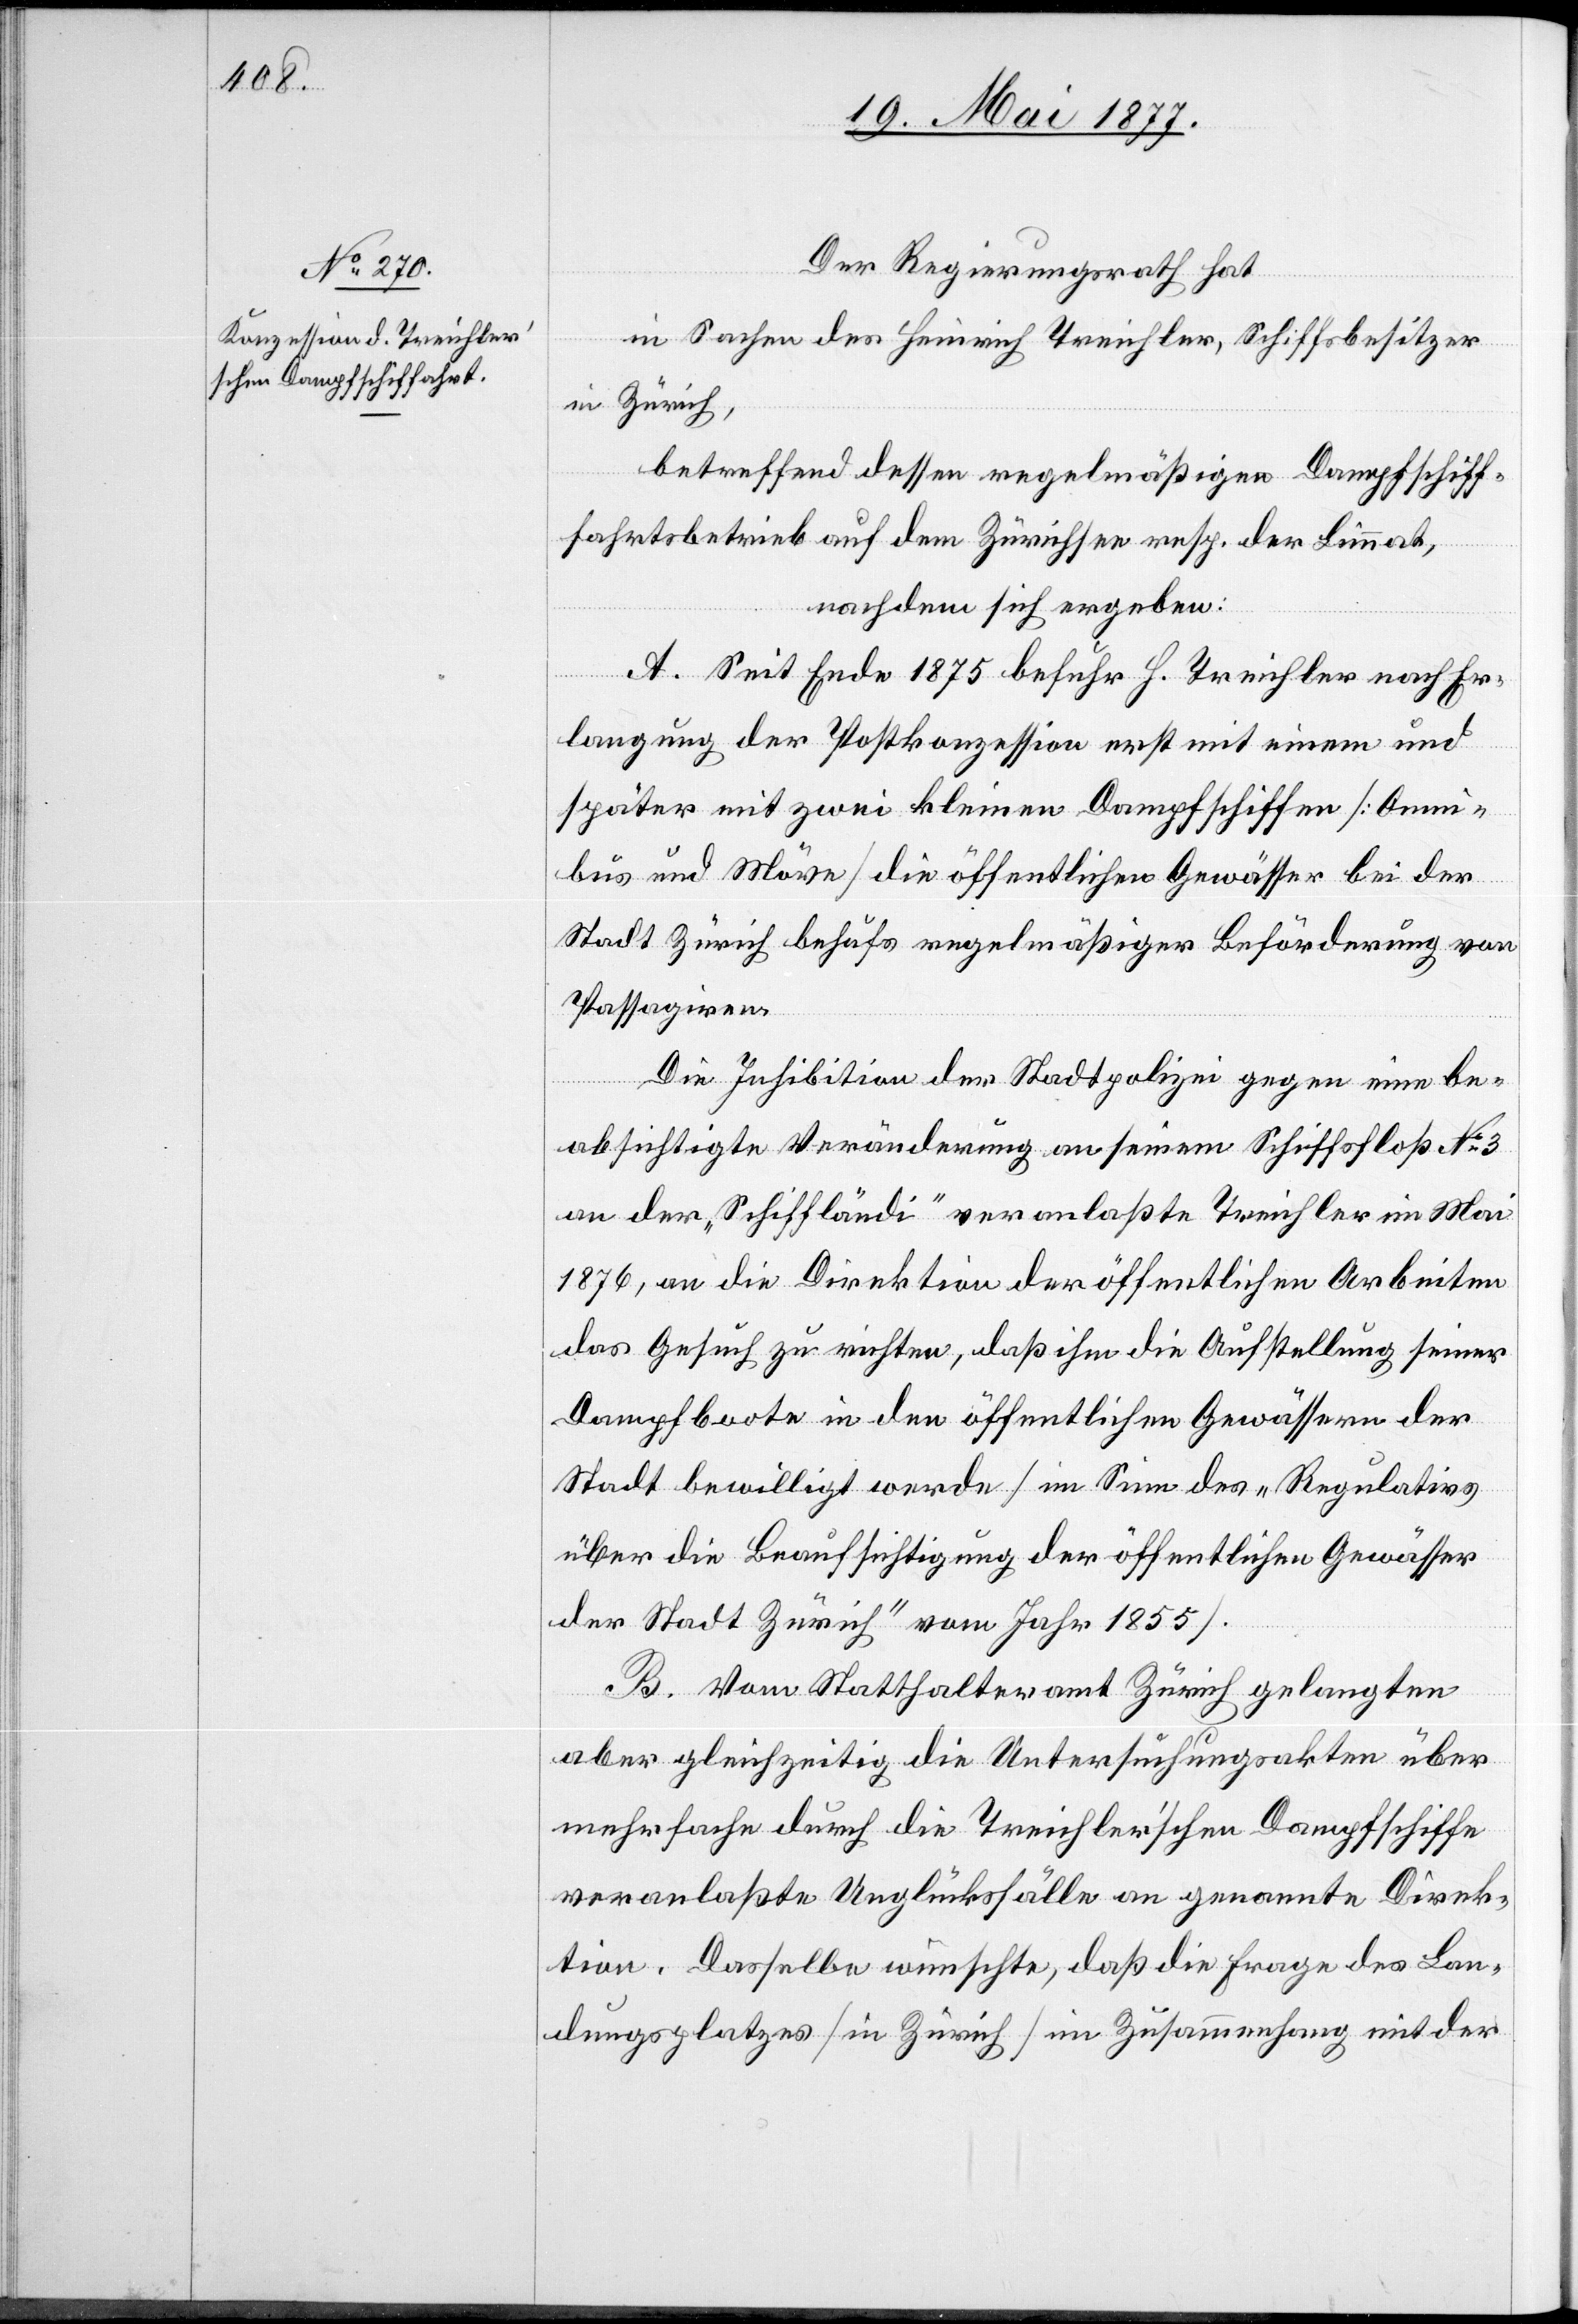
Der Regierungsrath hat
in Sachen des Heinrich Treichler, Schiffsbesitzer
in Zürich,
betreffend dessen regelmäßigen Dampfschiff¬
fahrtbetrieb [sic!] auf dem Zürichsee resp. der Limmat,
nachdem sich ergeben:
A. Seit Ende 1875 befuhr H. Treichler nach Er¬
langung der Postkonzession erst mit einem und
später mit zwei kleinen Dampfschiffen [Omni¬
bus und Möve] die öffentlichen Gewässer bei der
Stadt Zürich behufs regelmäßiger Beförderung von
Passagieren.
Die Inhibition der Stadtpolizei gegen eine be¬
absichtigte Veränderung an seinem Schiffsfloß No 3
an der „Schiffländi“ veranlaßte Treichler im Mai
1876, an die Direktion der öffentlichen Arbeiten
das Gesuch zu richten, daß ihm die Aufstellung seiner
Dampfboote in den öffentlichen Gewässern der
Stadt bewilligt werde [im Sinne des „Regulativ
über die Beaufsichtigung der öffentlichen Gewässer
der Stadt Zürich“ vom Jahr 1855].
B. Vom Statthalteramt Zürich gelangten
aber gleichzeitig die Untersuchungsakten über
mehrfache durch die Treichler’schen Dampfschiffe
veranlaßte Unglücksfälle an genannte Direk¬
tion. Dasselbe wünscht, daß die Frage des Lan¬
dungsplatzes [in Zürich] im Zusammenhang mit der